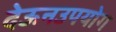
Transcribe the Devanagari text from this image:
देऊनउपयोग